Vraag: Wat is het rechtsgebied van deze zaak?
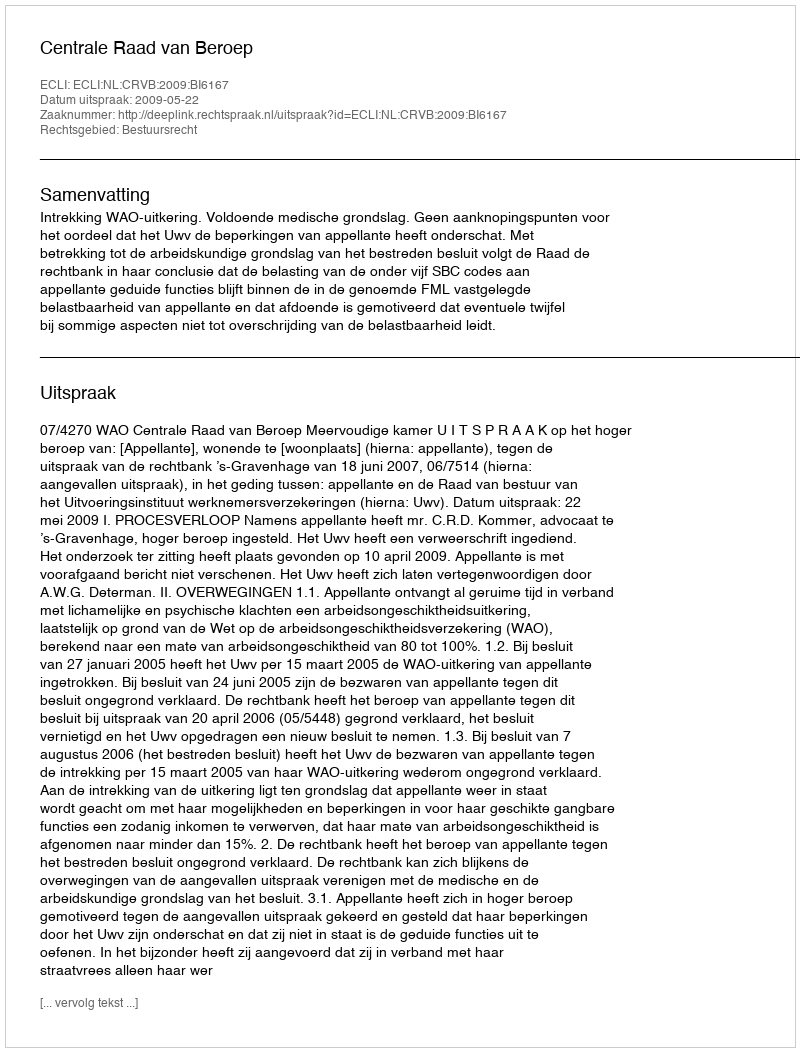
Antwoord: Bestuursrecht